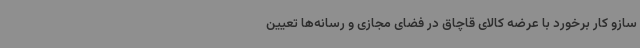
سازو کار برخورد با عرضه کالای قاچاق در فضای مجازی و رسانه‌ها تعیین